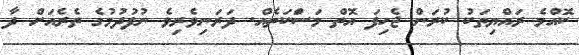
ކޮއްމެ ރައްޔިތަކު ކުރަން ޖެހިފަ އޮތް މަސަެްކަތެއް. ދަރަނިވެރިވެ ނުފުދުމުގެ ތެރެއަށް ދާ